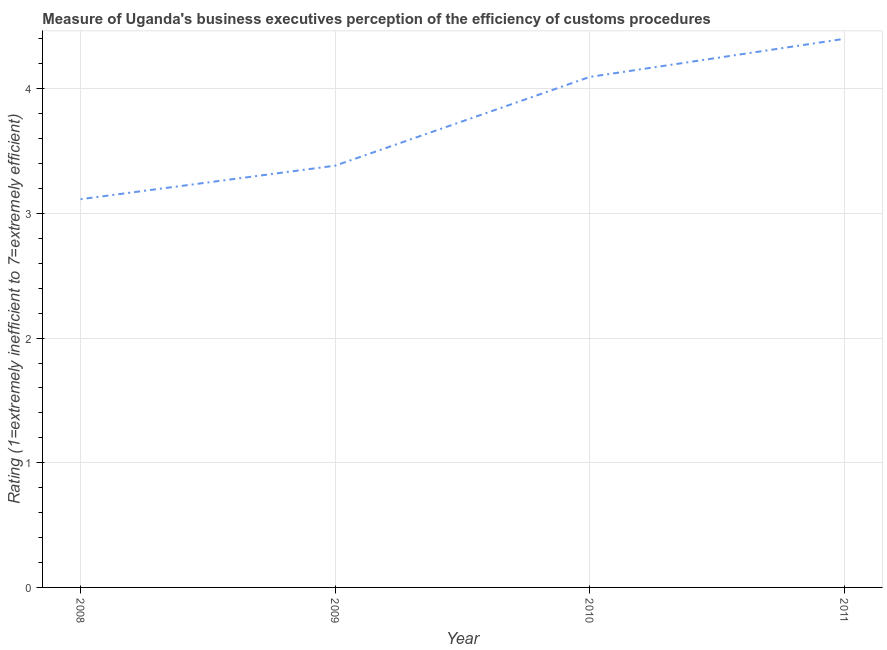
| Year | Burden of customs procedure |
 | --- | --- |
 | 2008 | 3.11 |
 | 2009 | 3.38 |
 | 2010 | 4.09 |
 | 2011 | 4.4 |